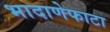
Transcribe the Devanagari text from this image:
भादाणेफाटा